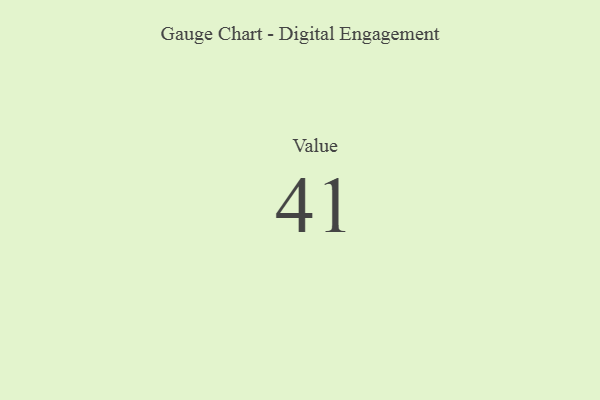
{"axis": {"x": "Metric", "y": "Value"}, "legend": [""], "data": [{"x": "Value", "y": 41, "type": ""}]}